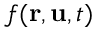
f ( \mathbf { r } , \mathbf { u } , t )